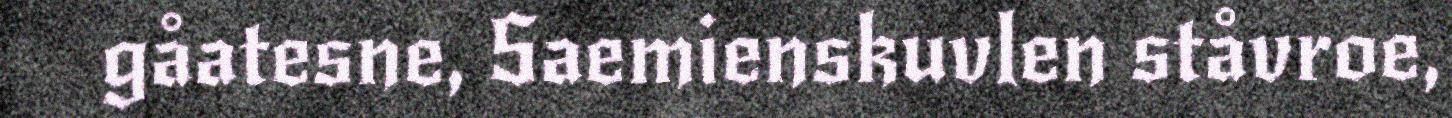
gåatesne, Saemienskuvlen ståvroe,